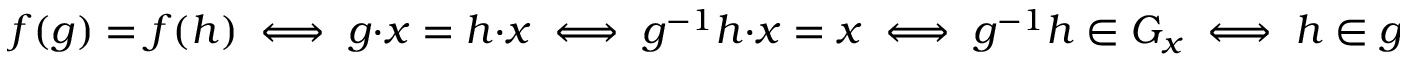
f ( g ) = f ( h ) \iff g \cdot x = h \cdot x \iff g ^ { - 1 } h \cdot x = x \iff g ^ { - 1 } h \in G _ { x } \iff h \in g G _ { x }